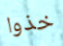
خذوا